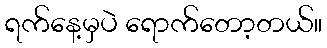
ရက်နေ့မှပဲ ရောက်တော့တယ်။